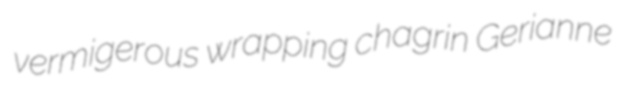
vermigerous wrapping chagrin Gerianne